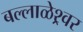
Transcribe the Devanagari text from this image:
बल्लाळेश्र्वर